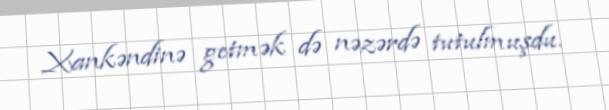
Xankəndinə getmək də nəzərdə tutulmuşdu.